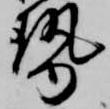
勢